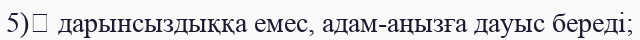
5)	 дарынсыздыққа емес, адам-аңызға дауыс береді;